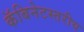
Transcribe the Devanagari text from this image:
कॅबिनेटस्तरीय